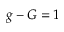
g - G = 1